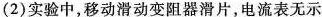
(2)实验中，移动滑动变阻器滑片，电流表无示